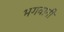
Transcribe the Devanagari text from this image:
भगवानी